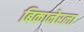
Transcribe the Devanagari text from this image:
बिकानेरला